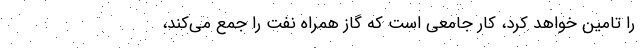
را تامین خواهد کرد، کار جامعی است که گاز همراه نفت را جمع می‌کند،